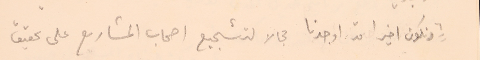
٦ ونكون اخيرا قد اوجدنا مجالا لتشجيع اصحاب المشاريع على تحقيق